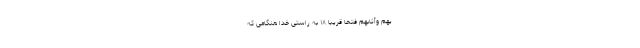
َيْهِمْ وَأَثَابَهُمْ فَتْحًا قَرِيبًا ۱۸ به راستى خدا هنگامى كه